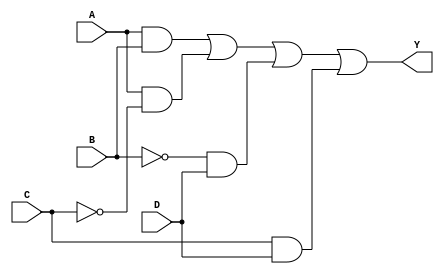
module combinational_logic_block (
    input wire A,   // Input variable A
    input wire B,   // Input variable B
    input wire C,   // Input variable C
    input wire D,   // Input variable D
    output wire Y   // Output variable
);

// Internal signals for essential prime implicants
wire p1, p2, p3, p4;

// Example logic for essential prime implicants
// This is a placeholder for the actual logic derived from the minimization process
assign p1 = A & B;          // Example implicant: AB
assign p2 = A & ~C;         // Example implicant: A~C
assign p3 = ~B & D;         // Example implicant: ~BD
assign p4 = C & D;          // Example implicant: CD

// Combine essential prime implicants to form the output
assign Y = p1 | p2 | p3 | p4; // Output logic combining the implicants

endmodule